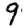
Digit: 9